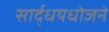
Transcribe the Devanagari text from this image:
सार्द्धयधोजने